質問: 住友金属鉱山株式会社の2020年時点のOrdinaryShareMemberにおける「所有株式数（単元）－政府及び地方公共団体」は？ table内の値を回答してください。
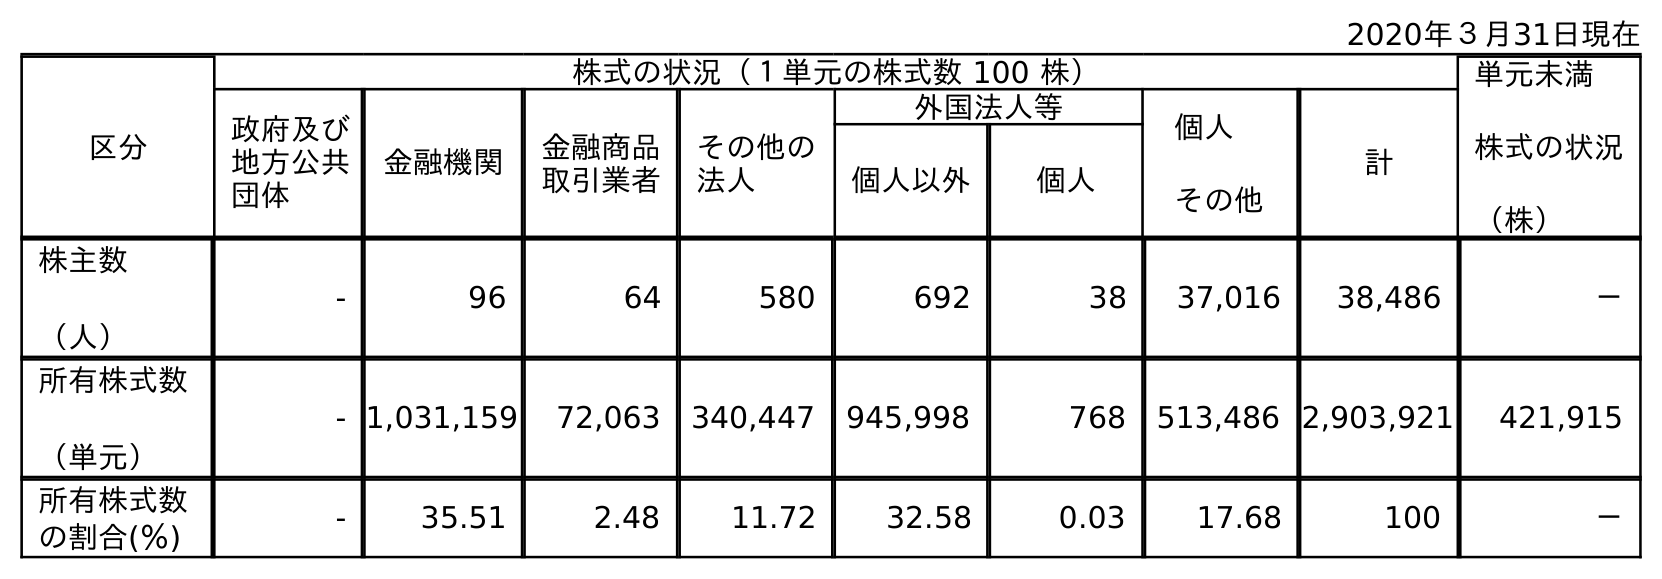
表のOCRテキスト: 2020年３月31日現在 区分 株式の状況（１単元の株式数 100 株） 単元未満 株式の状況 （株） 政府及び 地方公共 団体 金融機関 金融商品 取引業者 その他の 法人 外国法人等 個人 その他 計 個人以外 個人 株主数 （人） - 96 64 580 692 38 37,016 38,486 － 所有株式数 （単元） - 1,031,159 72,063 340,447 945,998 768 513,486 2,903,921 421,915 所有株式数 の割合(％) - 35.51 2.48 11.72 32.58 0.03 17.68 100 －
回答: -